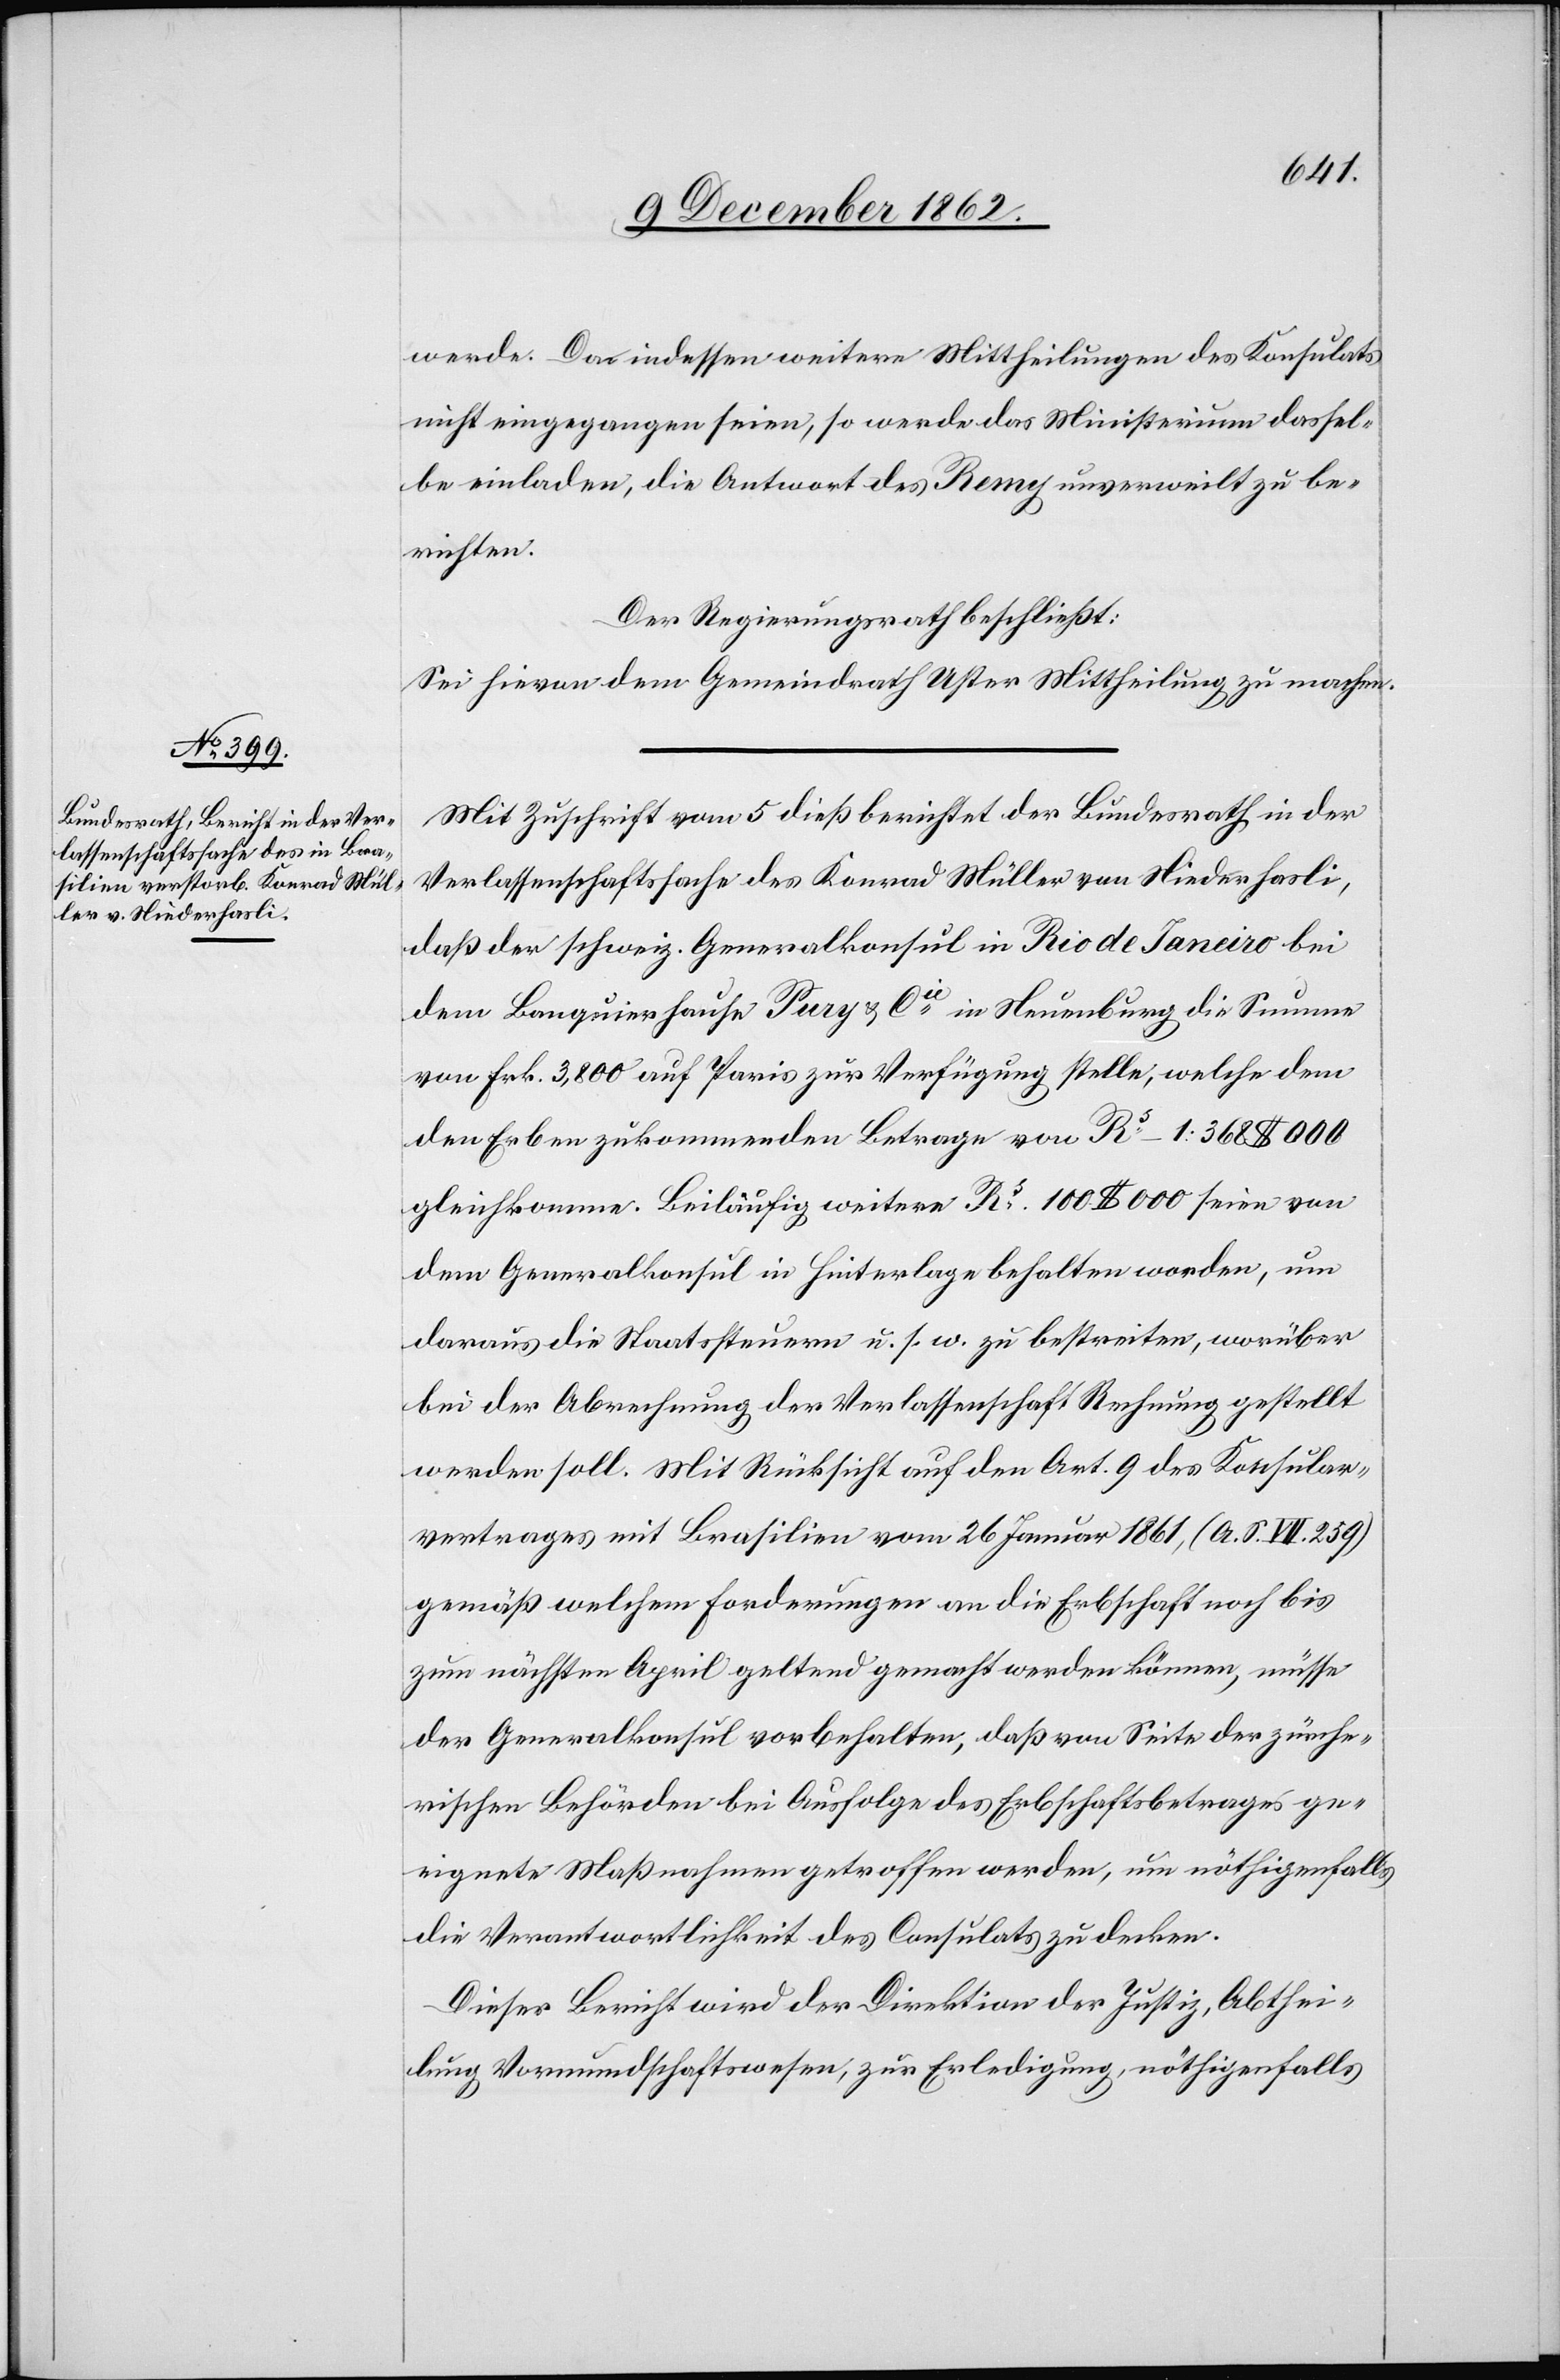
werde. Da indessen weitere Mittheilungen des Konsulats
nicht eingegangen seien, so werde das Ministerium dassel¬
be einladen, die Antwort des Remy unverweilt zu be¬
richten.
Der Regierungsrath beschließt:
Sei hievon dem Gemeindrath Uster Mittheilung zu machen.
Mit Zuschrift vom 5. dieß berichtet der Bundesrath in der
Verlassenschaftssache des Konrad Müller von Niederhasli,
daß der schweiz. Generalkonsul in Rio de Janeiro bei
dem Banquiershause Pury u. Cie in Neuenburg die Summe
von Frk. 3,800 auf Paris zur Verfügung stelle, welche dem
den Erben zukommenden Betrage von Rs 1:368$000
gleichkomme. Beiläufig weitere Rs 100$000 seien von
dem Generalkonsul in Hinterlage behalten worden, um
daraus die Staatssteuern u. s. w. zu bestreiten, worüber
bei der Abrechnung der Verlassenschaft Rechnung gestellt
werden soll. Mit Rücksicht auf den Art. 9 des Konsular¬
vertrages mit Brasilien vom 26. Januar 1861, (S. S. VII 259)
gemäß welchem [sic!] Forderungen an die Erbschaft noch bis
zum nächsten April geltend gemacht werden können, müsse
der Generalkonsul vorbehalten, daß von Seite der zürche¬
rischen Behörden bei ausfolge des Erbschaftsbetrages ge¬
eignete Maßnahmen getroffen werden, um nöthigenfalls
die Verantwortlichkeit des Consulats zu decken.
Dieser Bericht wird der Direktion der Justiz, Abthei¬
lung Vormundschaftswesen, zur Erledigung, nöthigenfalls